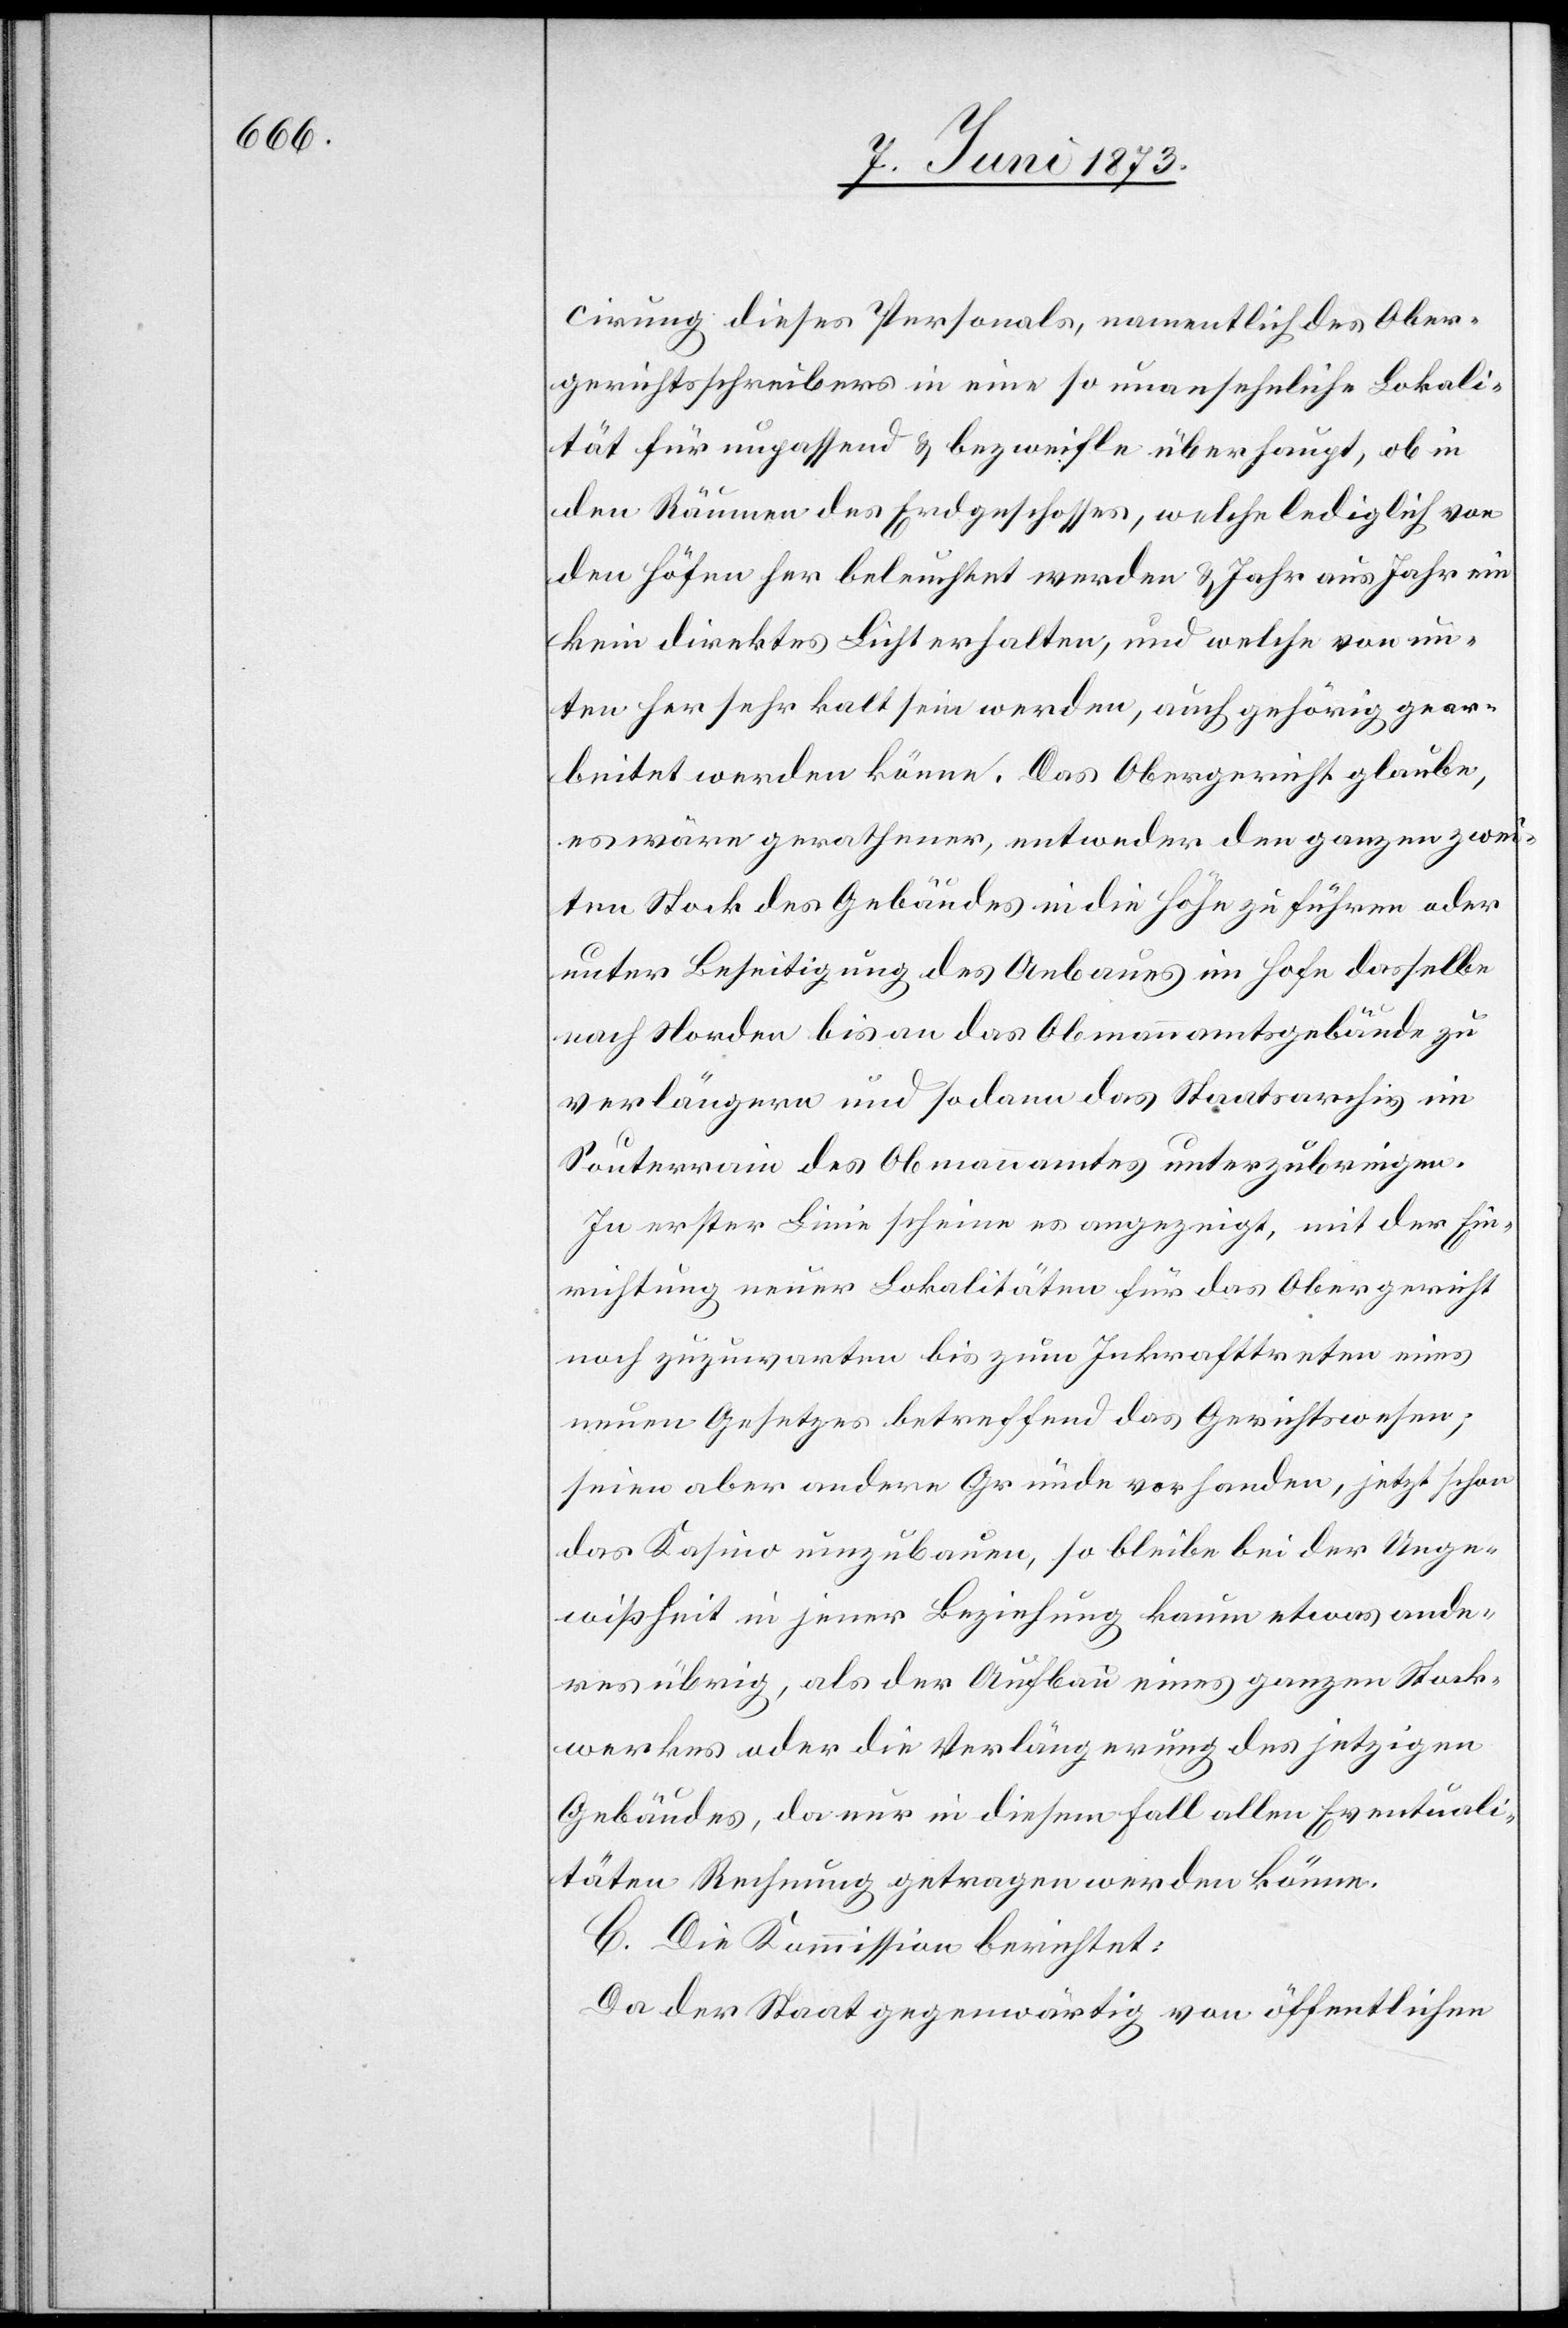
cirung dieses Personals, namentlich des Ober¬
gerichtsschreibers in eine so unansehnliche Lokali¬
tät für unpassend & bezweifle überhaupt, ob in
den Räumen des Erdgeschosses, welche lediglich von
den Höfen her beleuchtet werden & Jahr aus Jahr ein
kein direktes Licht erhalten, und welche von un¬
ten her sehr kalt sein werden, auch gehörig gear¬
beitet werden könne. Das Obergericht glaube,
es wäre gerathener, entweder den ganzen zwei¬
ten Stock des Gebäudes in die Höhe zu führen oder
unter Beseitigung des Anbaues im Hofe dasselbe
nach Norden bis an das Obmannamtsgebäude zu
verlängern und sodann das Staatsarchiv im
Souterrain des Obmannamtes unterzubringen.
In erster Linie scheine es angezeigt, mit der Ein¬
richtung neuer Lokalitäten für das Obergericht
noch zuzuwarten bis zum Inkrafttreten eines
neuen Gesetzes betreffend das Gerichtswesen;
seien aber andere Gründe vorhanden, jetzt schon
das Kasino umzubauen, so bleibe bei der Unge¬
wißheit in jener Beziehung kaum etwas ande¬
res übrig, als der Aufbau eines ganzen Stock¬
werkes oder die Verlängerung des jetzigen
Gebäudes, da nur in diesem Fall allen Eventuali¬
täten Rechnung getragen werden könne.
C. Die Kommission berichtet:
Da der Staat gegenwärtig von öffentlichen